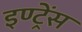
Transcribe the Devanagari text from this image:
इण्ट्रेंस